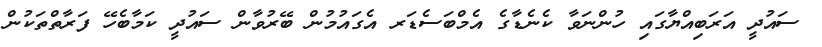
ސައުދީ އަރަބިއްޔާގައި ހުންނަވާ ކެނެޑާގެ އެމްބަސެޑަރ އެގައުމުން ބޭރުވާން ސައުދީ ކަމާބެހޭ ފަރާތްތަކުން